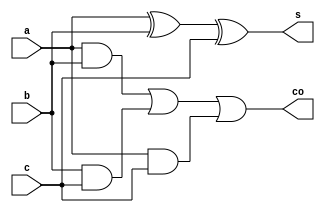
// Full Adder
module full_adder(s,co,a,b,c);
input a,b,c;
output s,co;
assign s= a^b^c;
assign co= (a&b)|(b&c)|(a&c);
endmodule

//Testbench
module tb;
reg a,b,c;
wire sum,cout;
full_adder fa(sum,cout,a,b,c);
integer i;

initial
begin
for(i=0;i<8;i=i+1)
begin
{a,b,c} = i; 
#5;
$display("T=%2d, a=%b, b=%b, c=%b, sum=%b, cout=%b", $time, a,b,c,sum,cout);
end
#5 $finish;
end
endmodule